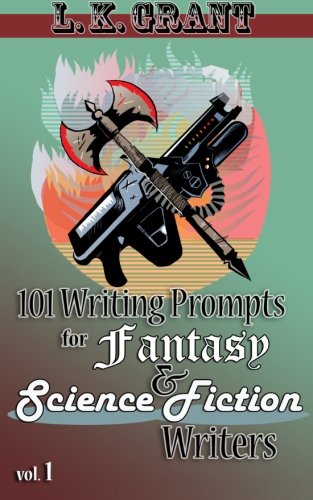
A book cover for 101 Writing Prompts for Fantasy and Science Fiction Writers, vol 1 (Volume 1); L K Grant; Science Fiction & Fantasy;